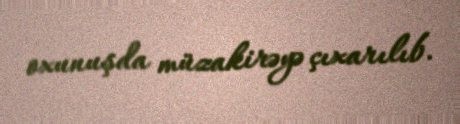
oxunuşda müzakirəyə çıxarılıb.